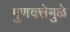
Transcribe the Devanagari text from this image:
गुणवत्तेमुळे